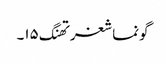
گونماشغرتھنگ ۱۵۔